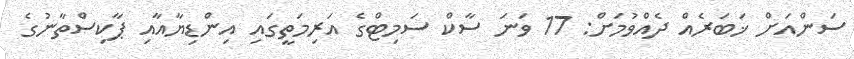
ސަންއަށް ޚަބަރެއް ދެއްވުމަށް: 17 ވަނަ ސާކް ސަމިޓްގެ އަރިމަތީގައި އިންޑިޔާއާއި ޕާކިސްތާނުގެ